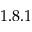
1 . 8 . 1